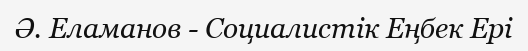
Ә. Еламанов - Социалистік Еңбек Ері